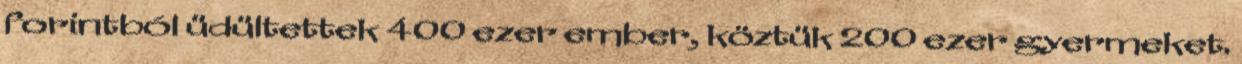
forintból üdültettek 400 ezer ember, köztük 200 ezer gyermeket.